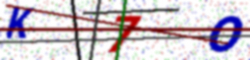
Text: K7O